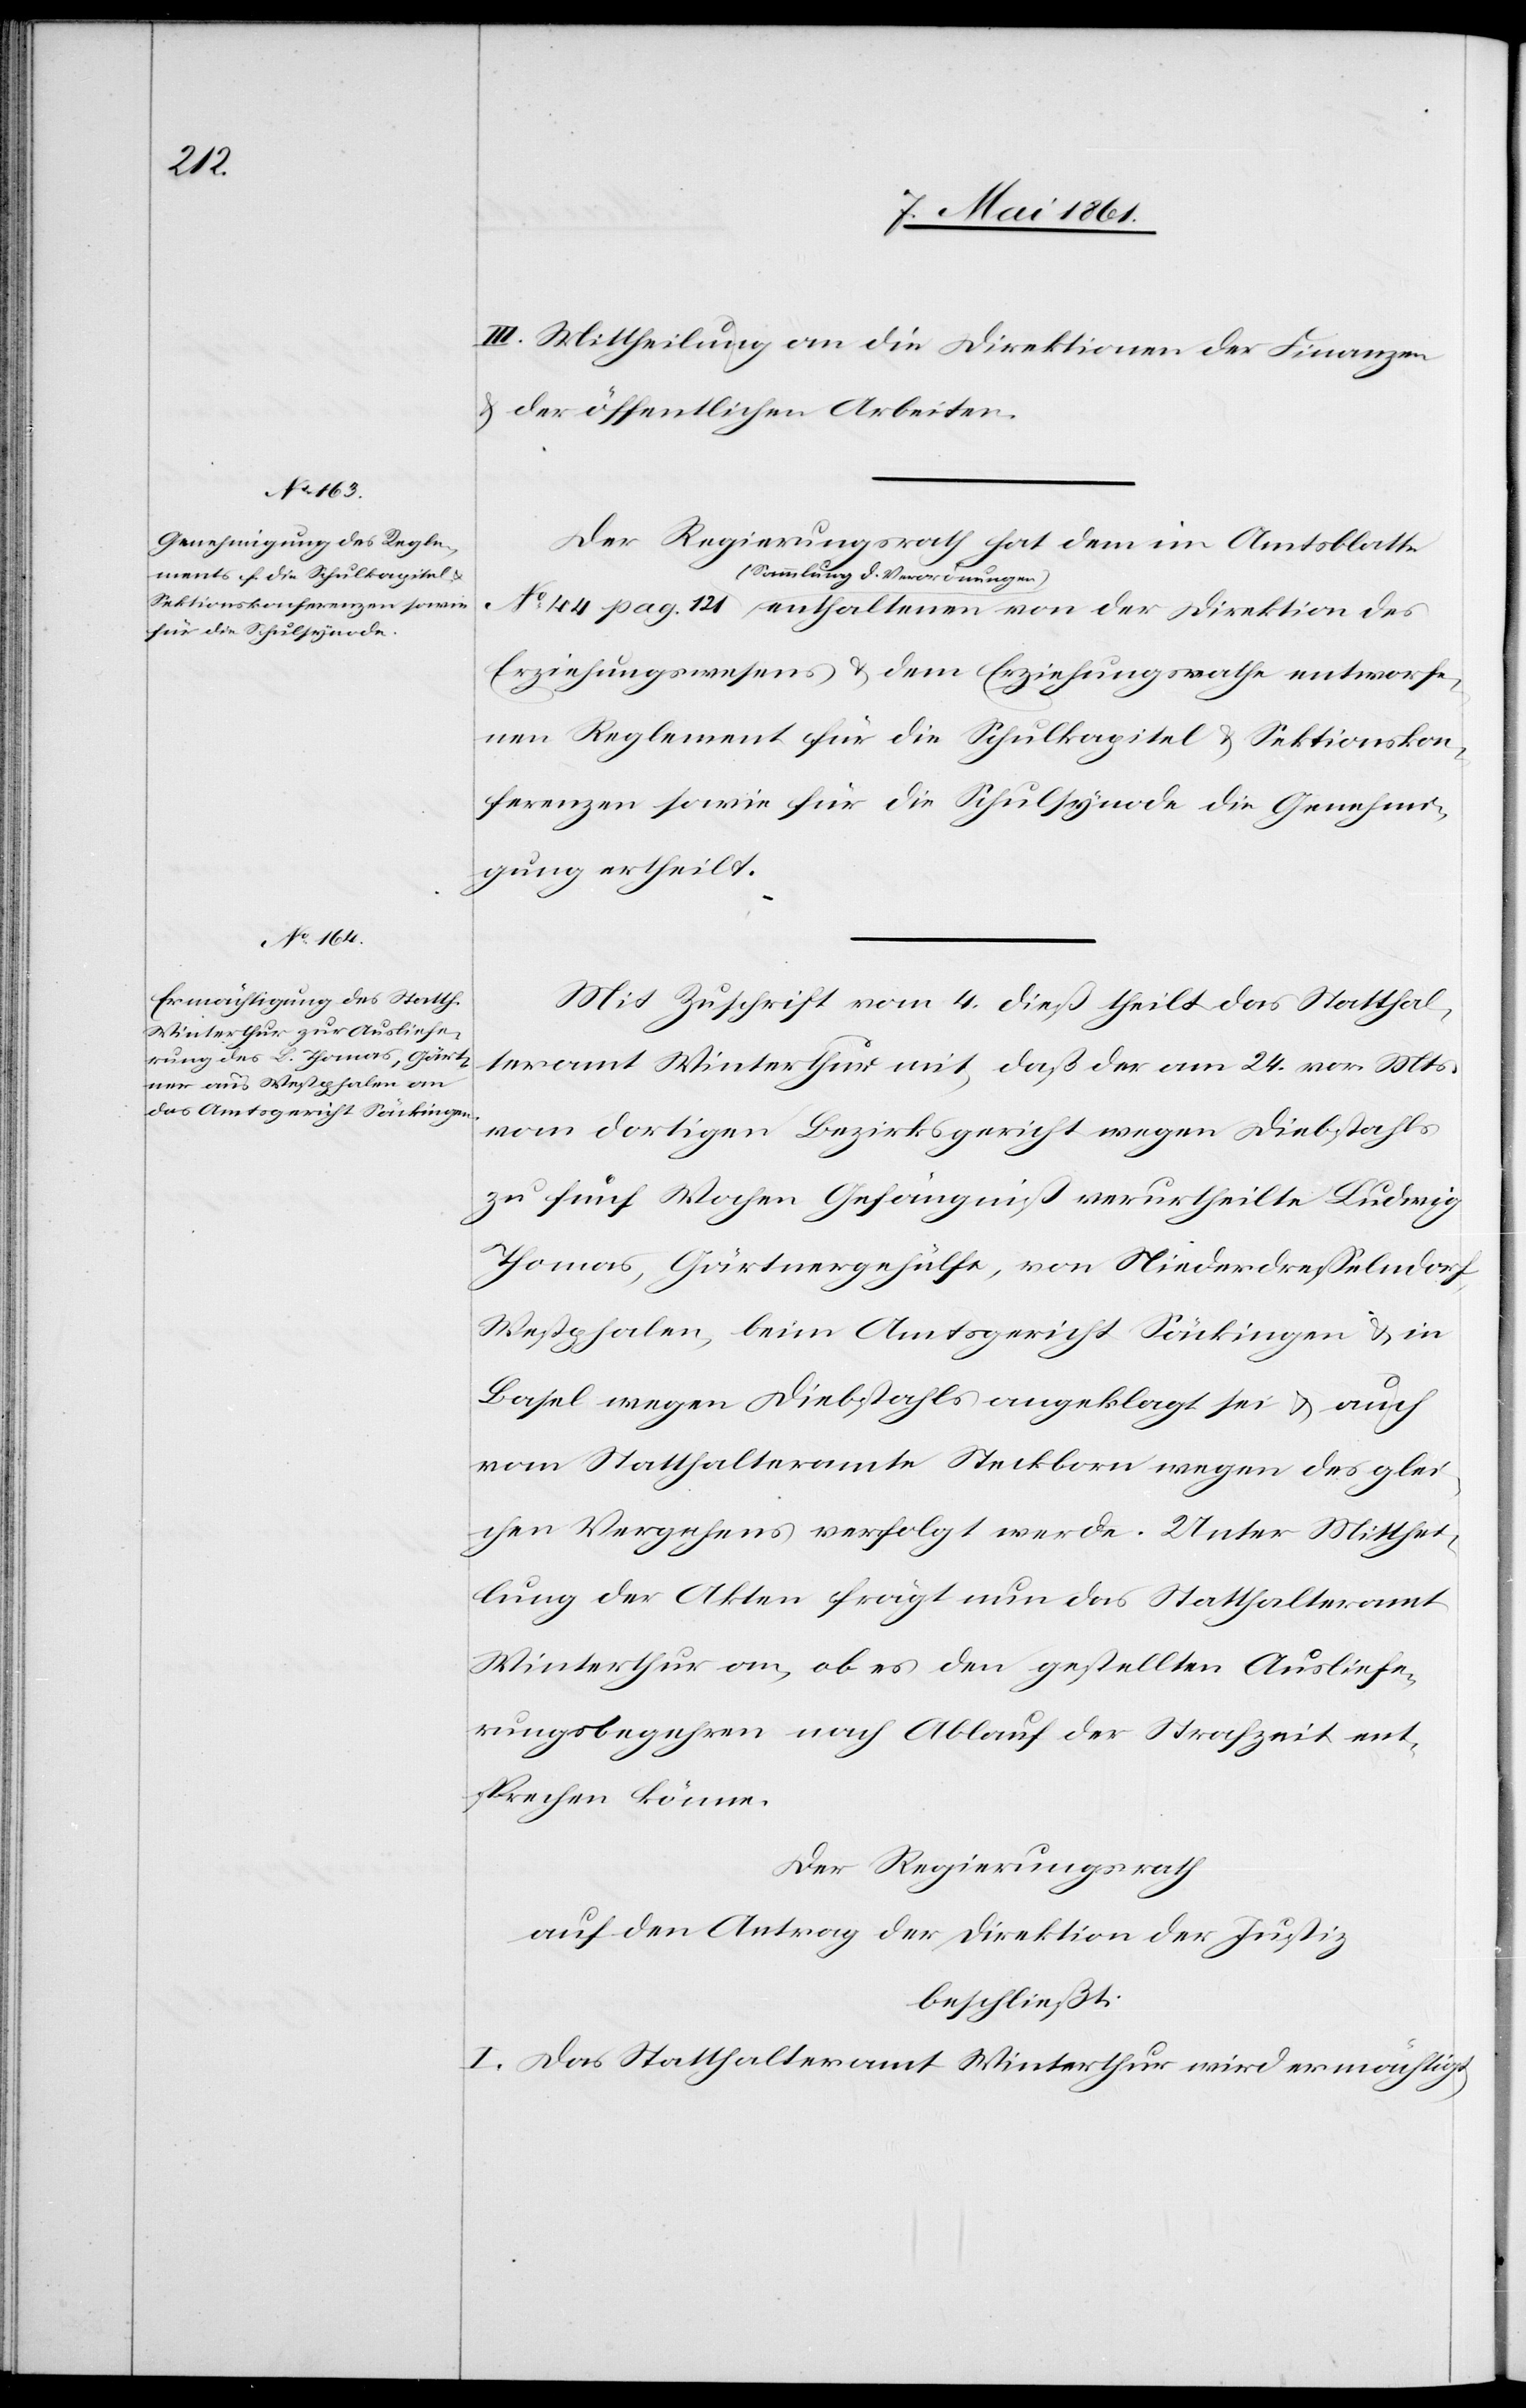
212

III. Mittheilung an die Direktionen der Finanzen
u. der öffentlichen Arbeiten.
Der Regierungsrath hat dem im Amtsblatte
(Sammlung d. Verordnungen)
Erziehungswesens u. dem Erziehungsrathe entworfe¬
nen Reglement für die Schulkapitel u. Sektionskon¬
ferenzen sowie für die Schulsynode die Genehmi¬
gung ertheilt.
Mit Zuschrift vom 4. dieß theilt das Statthal¬
teramt Winterthur mit, daß der am 24. vor. Mts.
vom dortigen Bezirksgericht wegen Diebstahls
zu fünf Wochen Gefängniß verurtheilte Ludwig
Thomas, Gärtnergehülfe, von Niederdresselndorf,
Westphalen, beim Amtsgericht Säckingen u. in
Basel wegen Diebstahls angeklagt sei u. auch
vom Statthalteramte Steckborn wegen des glei¬
chen Vergehens verfolgt werde. Unter Mitthei¬
lung der Akten frägt nun das Statthalteramt
Winterthur an, ob es dem gestellten Ausliefe¬
rungsbegehren nach Ablauf der Strafzeit ent¬
sprechen könne.
Der Regierungsrath
auf den Antrag der Direktion der Justiz,
beschließt:
I. Das Statthalteramt Winterthur wird ermächtigt